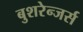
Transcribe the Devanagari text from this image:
बुशरेन्जर्स